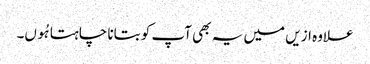
علاوہ ازیں میں یہ بھی آپ کو بتانا چاہتا ہُوں۔